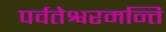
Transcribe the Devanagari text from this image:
पर्वतेश्वरमन्ति